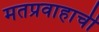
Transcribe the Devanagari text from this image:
मतप्रवाहाची